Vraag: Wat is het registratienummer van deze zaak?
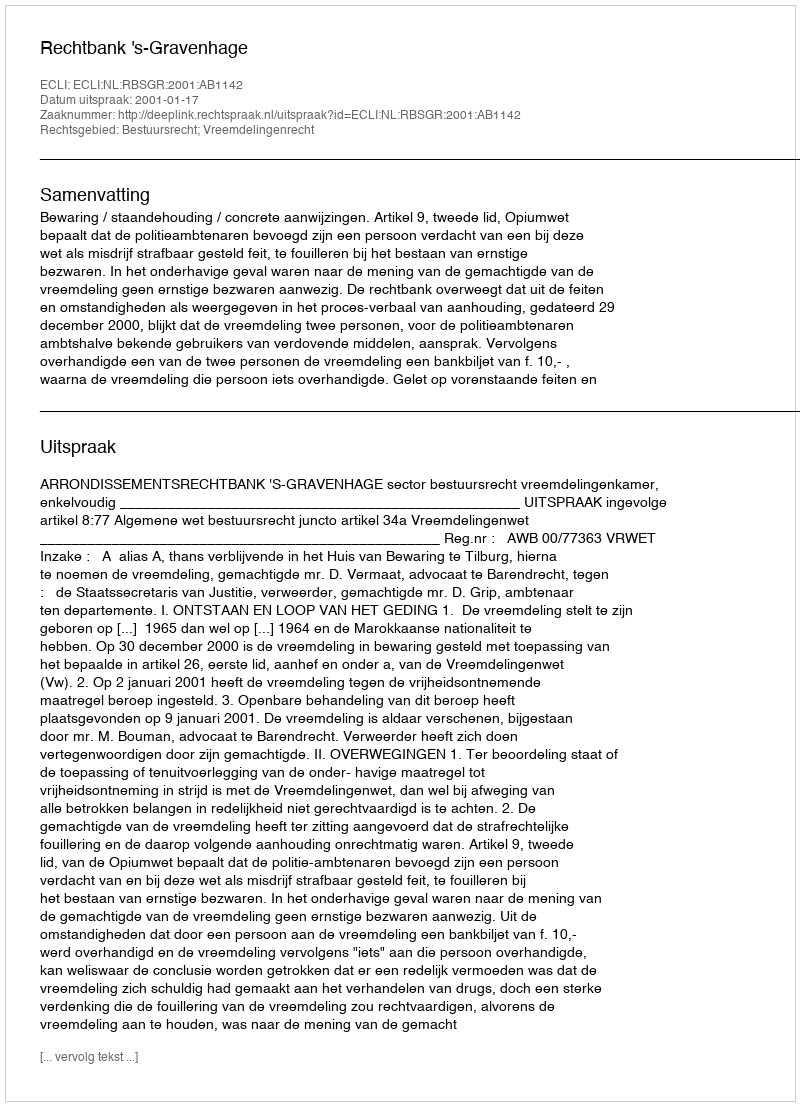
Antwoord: http://deeplink.rechtspraak.nl/uitspraak?id=ECLI:NL:RBSGR:2001:AB1142